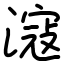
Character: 滱